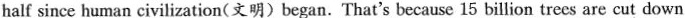
half since human civilization(文明)began. That's because 15 billion trees are cut down